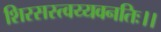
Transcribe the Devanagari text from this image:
शिरसस्त्वय्यवनतिः।।